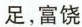
足，富饶